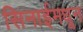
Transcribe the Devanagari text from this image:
सिनाईमधून